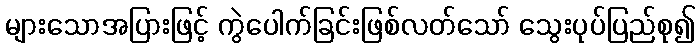
များသောအပြားဖြင့် ကွဲပေါက်ခြင်းဖြစ်လတ်သော် သွေးပုပ်ပြည်စု၍